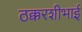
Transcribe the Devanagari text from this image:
ठक्करशीभाई